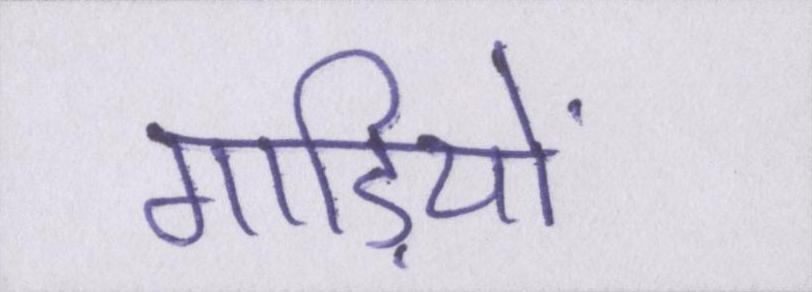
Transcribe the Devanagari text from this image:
गाड़ियों